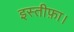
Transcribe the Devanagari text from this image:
इस्तीफ़ा।